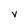
Character: V